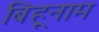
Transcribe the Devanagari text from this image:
बिहूनाम